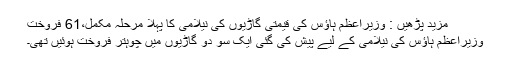
مزید پڑھیں : وزیراعظم ہاؤس کی قیمتی گاڑیوں کی نیلامی کا پہلا مرحلہ مکمل،61 فروخت
وزیراعظم ہاؤس کی نیلامی کے لیے پیش کی گئی ایک سو دو گاڑیوں میں چوہتر فروخت ہوئیں تھی۔